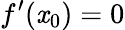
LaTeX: f^{\prime}(\mathit{x}_{0})=0